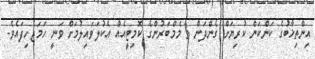
އިންތިޚާބުގެ ކަންކަން ކުރިޔަށް ގެންދަން 3 މެމްބަރުންގެ ކޮމިޓީއެއް އެކުލަވައިލުމަށް ވަނީ ހަމަޖެހިފައެވެ.